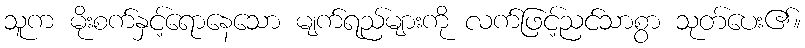
သူက မိုးစက်နှင့်ရောနေသော မျက်ရည်များကို လက်ဖြင့်ညင်သာစွာ သုတ်ပေး၏။